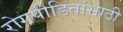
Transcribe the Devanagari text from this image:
रोगपीडितांसाठी